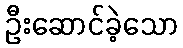
ဦးဆောင်ခဲ့သော